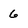
Character: 6